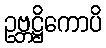
ဥဗ္ဘဋ္ဌိကောပိ